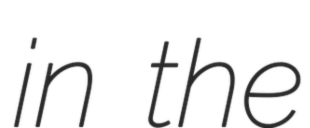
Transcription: in the